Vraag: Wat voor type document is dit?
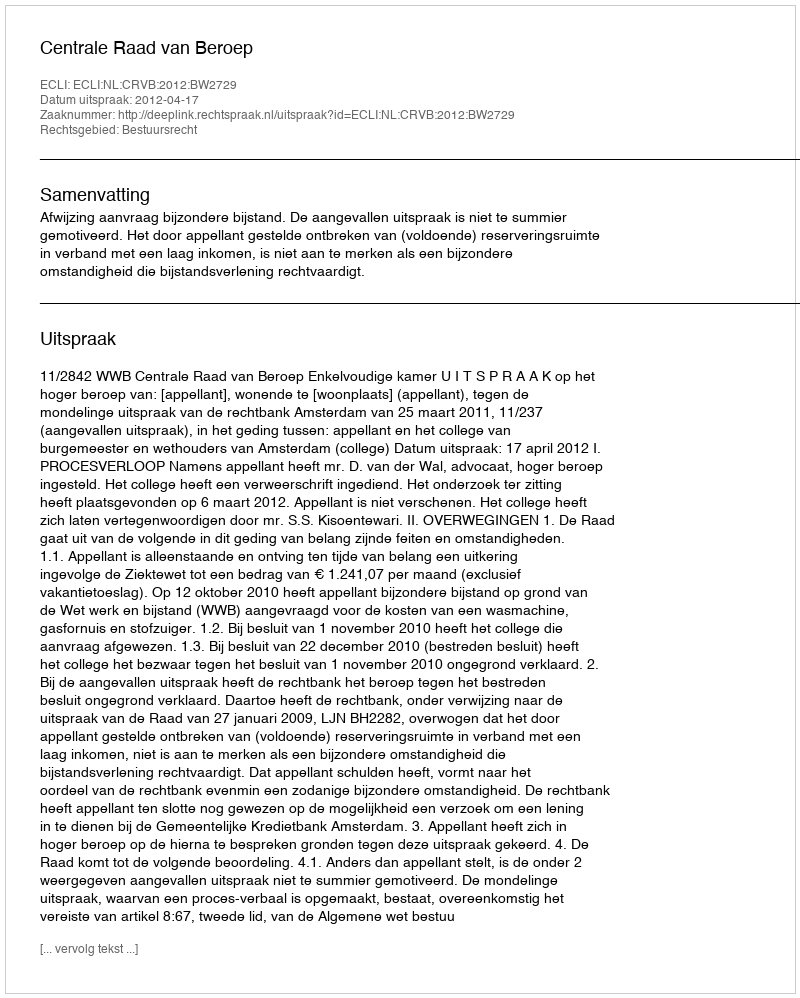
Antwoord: Uitspraak